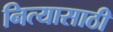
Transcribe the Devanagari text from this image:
नित्यासाठी